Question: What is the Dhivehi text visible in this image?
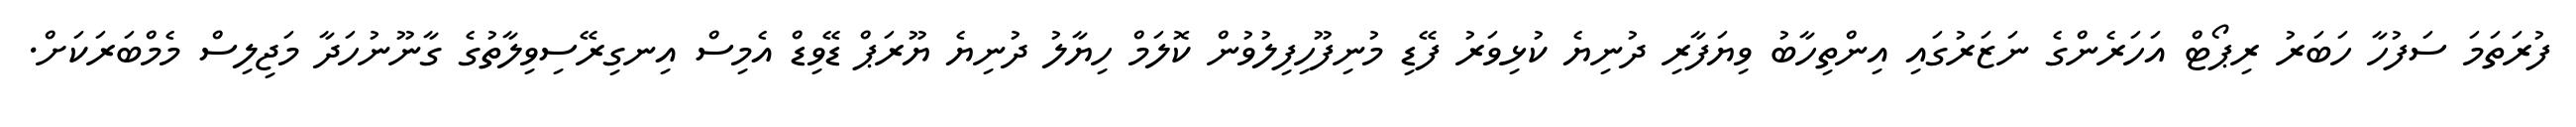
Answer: ފުރަތަމަ ސަފުހާ ހަބަރު ރިޕޯޓް އަހަރެންގެ ނަޒަރުގައި އިންތިހާބު ވިޔަފާރި ދުނިޔެ ކުޅިވަރު ފޭޑި މުނިފޫހިފިލުވުން ކޮލަމް ހިޔާލު ދުނިޔެ ޔޫރަޕް ޑޭވިޑް އެމިސް އިނގިރޭސިވިލާތުގެ ގާނޫނުހަދާ މަޖިލިސް މެމްބަރަކަށް.